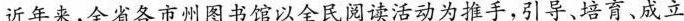
近年来，全省各市州图书馆以全民阅读活动为推手，引导、培育、成立